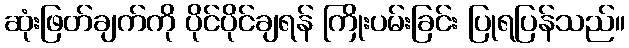
ဆုံးဖြတ်ချက်ကို ပိုင်ပိုင်ချရန် ကြိုးပမ်းခြင်း ပြုရပြန်သည်။